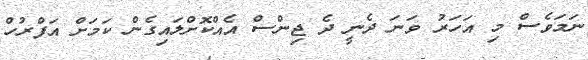
ނަމަވެސް މި އަހަރު ވަނަ ދެނީ ދެ ޖިންސް އެއްކޮށްލައިގެން ކަމަށް އަފްރުހް